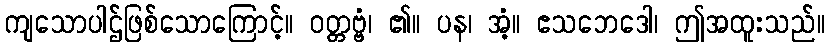
ကျသောပါဌ်ဖြစ်သောကြောင့်။ ဝတ္တဗ္ဗံ၊ ၏။ ပန၊ အံ့။ ဧသဘေဒေါ၊ ဤအထူးသည်။